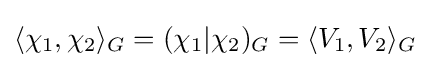
\langle \chi _{1},\chi _{2}\rangle _{G}=(\chi _{1}|\chi _{2})_{G}=\langle V_{1},V_{2}\rangle _{G}